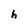
Character: h